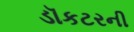
ડૉકટરની